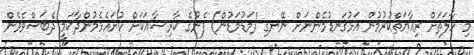
މި ހާލަތަށް ރިޢާޔަތްކުރުމުން އަޅުގަނޑުމެންނަށް ނޭނގި (މަޑުމަޑުން) ފެނުގެ ކާރިސާއަކަށް ހުށައެޅެމުންދާކަމީ ދެބަސްވެވެން